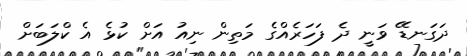
ދަގަނޑޭ ވަނީ ދެ ފަހަރެއްގެ މަތިން ނިއު އަށް ކުޅެ އެ ކްލަބަށް